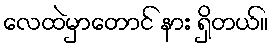
လေထဲမှာတောင် နား ရှိတယ်။